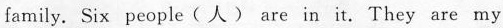
family. Six people ( 人）are in it. They are my